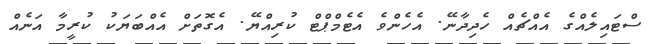
ސްޓައިލެއްގެ އެއްޗެއް ހެދިދާނޭ. އެހެންވެ އެޓެމްޕްޓް ކުރިއްޔޭ. އެގޮތަށް އެއްބަޔަކު ކުރީމާ އަނެއް